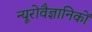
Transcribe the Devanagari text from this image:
न्यूरोवैज्ञानिकों